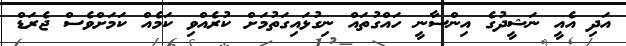
އަދި އެއީ ނަޝީދުގެ އިންސާނީ ހައްގުތައް ނިގުޅައިގަތުމަށް ކުރެއްވި ކަމެއް ކަމަށްވެސް ޖެރަޑް